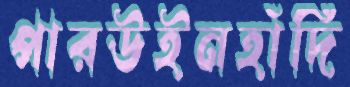
পারউইনহাঁদি